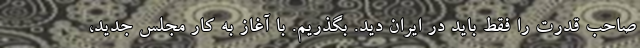
صاحب قدرت را فقط باید در ایران دید. بگذریم. با آغاز به کار مجلس جدید،